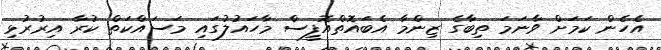
އެހެން ކަމަށް ވާނަމަ ތިބާގެ ޒިންމާ އެބައޮތްއޮފީސް މާހައުލުގައި މަސައްކަތް ކުރާ އިރުރުޅި